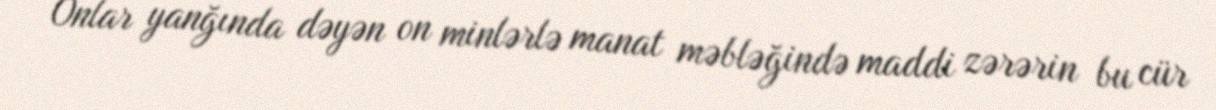
Onlar yanğında dəyən on minlərlə manat məbləğində maddi zərərin bu cür